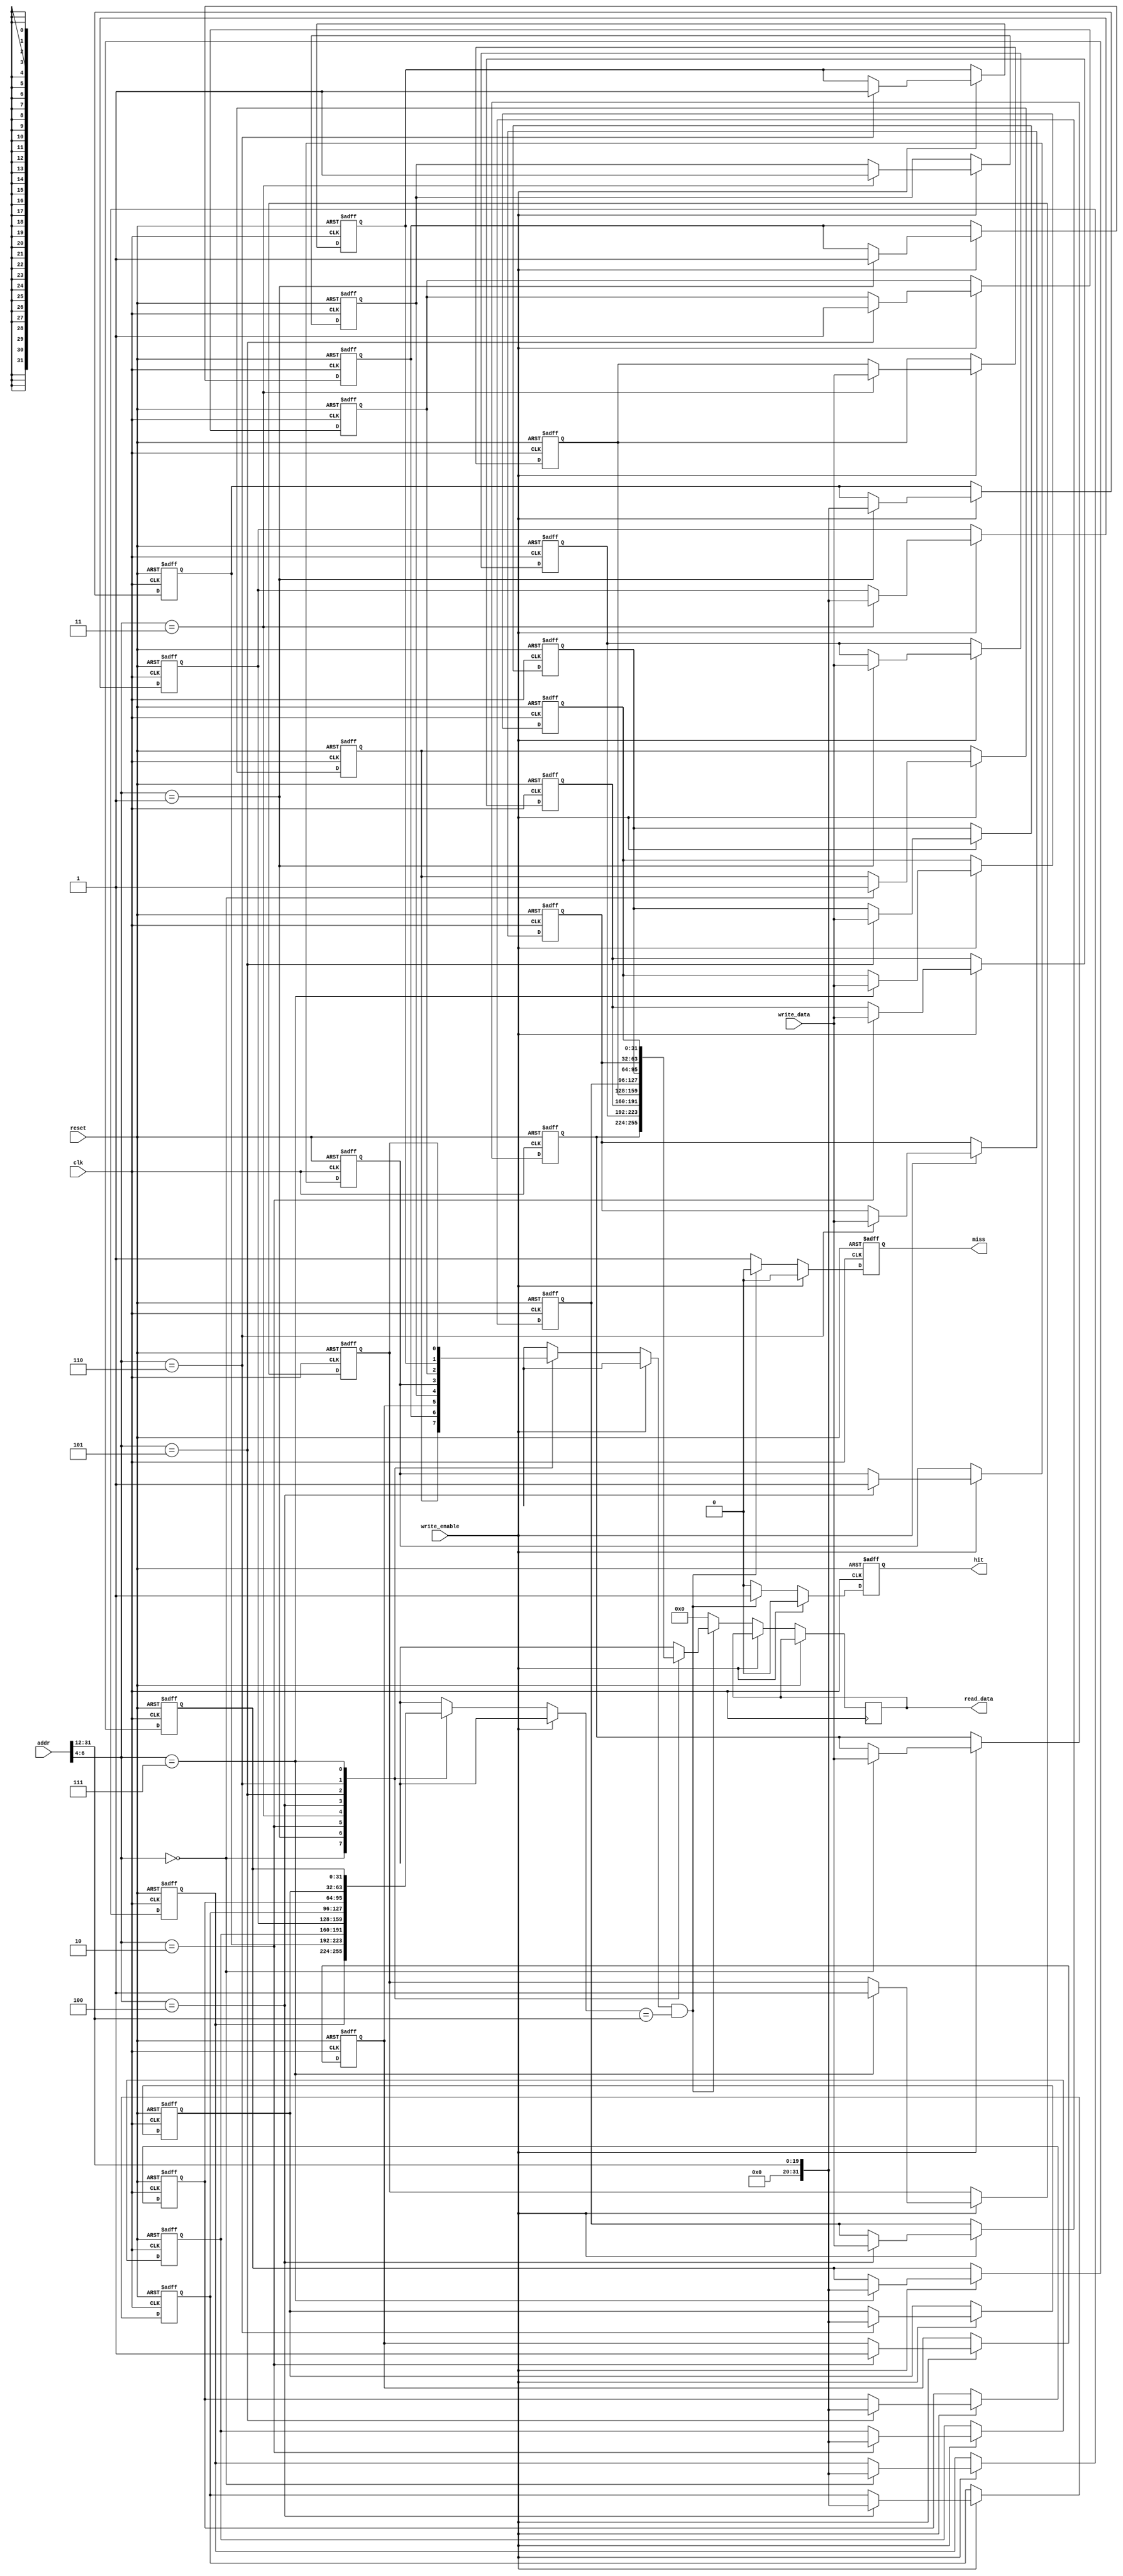
module direct_mapped_cache (
    input wire clk,
    input wire reset,
    input wire [31:0] addr,         // 32-bit address input
    input wire write_enable,        // Write enable signal
    input wire [31:0] write_data,   // Data to be written
    output reg [31:0] read_data,    // Data read from the cache
    output reg hit,                 // Hit signal
    output reg miss                 // Miss signal
);

    // Cache configuration parameters
    parameter BLOCK_SIZE = 32;      // Size of the data block in bytes
    parameter CACHE_SIZE = 256;      // Total cache size in bytes
    parameter NUM_LINES = CACHE_SIZE / BLOCK_SIZE; // Number of cache lines

    // Cache line structure
    reg valid [0:NUM_LINES-1];      // Valid bits for each cache line
    reg [31:0] tag [0:NUM_LINES-1]; // Tag for each cache line
    reg [31:0] data [0:NUM_LINES-1]; // Data for each cache line

    // Address fields
    wire [31:0] tag_in;    // Extracted tag from the address
    wire [7:0] index;      // Extracted index from the address
    wire [3:0] offset;      // Extracted offset from the address (not used)

    // Extracting fields from the address
    assign offset = addr[3:0]; // Lower 4 bits for byte offset
    assign index = addr[11:4]; // Next 8 bits for cache line index
    assign tag_in = addr[31:12]; // Upper bits for tag

    // Synchronous reset and cache operation
    integer i;

    always @(posedge clk or posedge reset) begin
        if (reset) begin
            // Initialize cache lines
            for (i = 0; i < NUM_LINES; i = i + 1) begin
                valid[i] <= 1'b0;   // Set all valid bits to 0
                tag[i] <= 32'b0;    // Clear all tags
                data[i] <= 32'b0;   // Clear all data
            end
            hit <= 1'b0;          // Reset hit signal
            miss <= 1'b0;         // Reset miss signal
        end else begin
            // Default output signals
            hit <= 1'b0;
            miss <= 1'b0;

            if (write_enable) begin
                // Write operation
                valid[index] <= 1'b1;    // Set valid bit
                tag[index] <= tag_in;    // Update tag
                data[index] <= write_data; // Write new data into cache
            end else begin
                // Read operation
                if (valid[index] && (tag[index] == tag_in)) begin
                    // Cache hit
                    read_data <= data[index];
                    hit <= 1'b1;
                end else begin
                    // Cache miss
                    read_data <= 32'b0; // Or handle fetching from main memory
                    miss <= 1'b1;
                end
            end
        end
    end

endmodule